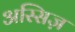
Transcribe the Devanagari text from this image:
अस्सिज़